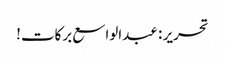
تحریر : عبدالواسع برکات!